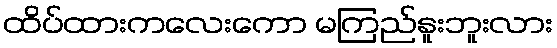
ထိပ်ထားကလေးကော မကြည်နူးဘူးလား